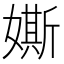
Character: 𡡒